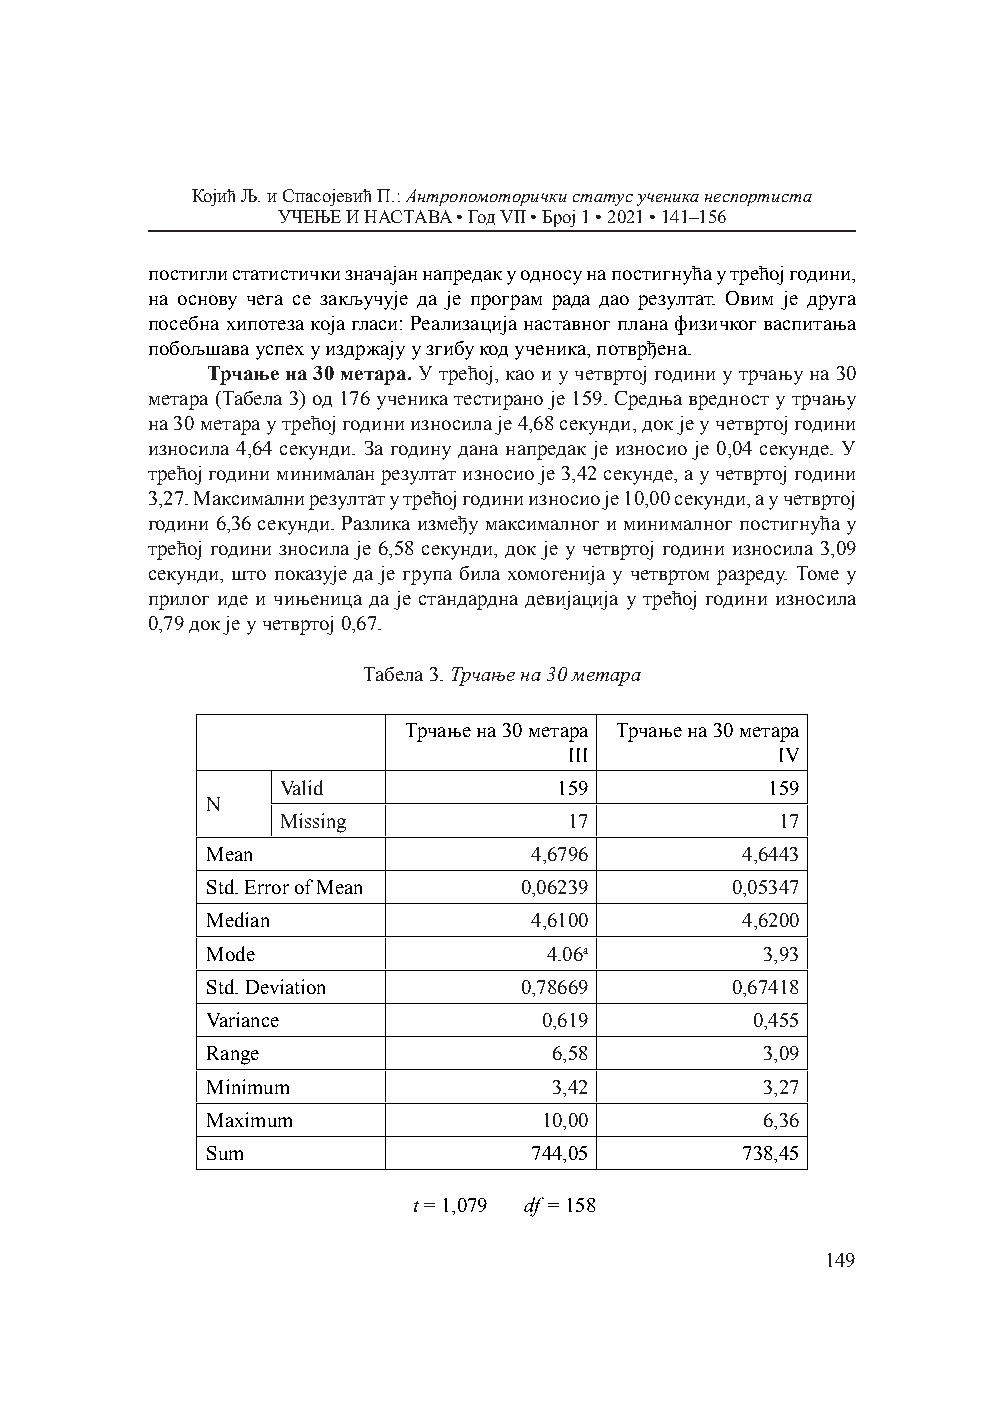
Којић Љ. и Спасојевић П.: Антропомоторички статус ученика неспортиста
 УЧЕЊЕ И НАСТАВА • Год VII • Број 1 • 2021 • 141–156
 постигли статистички значајан напредак у односу на постигнућа у трећој години,
 на основу чега се закључује да је програм рада дао резултат. Овим је друга
 посебна хипотеза која гласи: Реализација наставног плана физичког васпитања
 побољшава успех у издржају у згибу код ученика, потврђена.
 Трчање на 30 метара. У трећој, као и у четвртој години у трчању на 30
 метара (Табела 3) од 176 ученика тестирано је 159. Средња вредност у трчању
 на 30 метара у трећој години износила је 4,68 секунди, док је у четвртој години
 износила 4,64 секунди. За годину дана напредак је износио је 0,04 секунде. У
 трећој години минималан резултат износио је 3,42 секунде, а у четвртој години
 3,27. Максимални резултат у трећој години износио је 10,00 секунди, а у четвртој
 години 6,36 секунди. Разлика између максималног и минималног постигнућа у
 трећој години зносила је 6,58 секунди, док је у четвртој години износила 3,09
 секунди, што показује да је група била хомогенија у четвртом разреду. Томе у
 прилог иде и чињеница да је стандардна девијација у трећој години износила
 0,79 док је у четвртој 0,67.
 Табела 3. Трчање на 30 метара
 Трчање на 30 метара Трчање на 30 метара
 III          IV
 Valid             159           159
 N
 Missing            17            17
 Mean                 4,6796        4,6443
 Std. Error of Mean  0,06239       0,05347
 Median               4,6100        4,6200
 Mode                  4.06a          3,93
 Std. Deviation      0,78669       0,67418
 Variance              0,619         0,455
 Range                  6,58          3,09
 Minimum                3,42          3,27
 Maximum               10,00          6,36
 Sum                  744,05        738,45
 t = 1,079 df = 158
 149